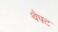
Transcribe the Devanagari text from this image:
थैफ्ट